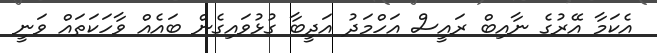
އެކަމާ އޭރުގެ ނާއިބް ރައީސް އަހްމަދު އަދީބާ ގުޅުވައިގެން ބައެއް ވާހަކަތައް ވަނީ